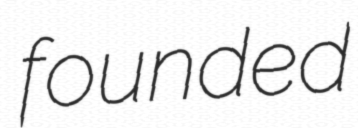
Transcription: founded